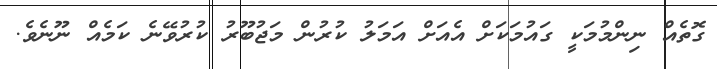
ގޮތެއް ނިންމުމަކީ ގައުމަކަށް އެއަށް އަމަލު ކުރުން މަޖުބޫރު ކުރުވޭނެ ކަމެއް ނޫނެވެ.